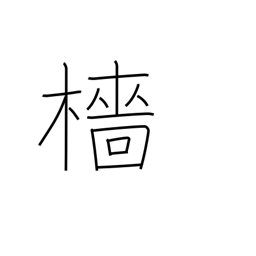
Meaning: mast